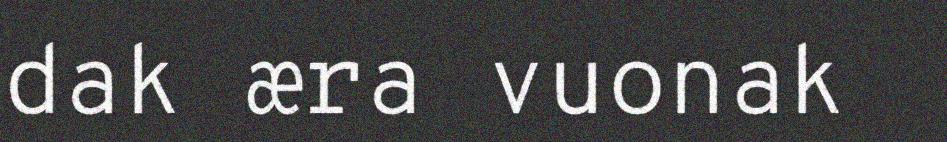
dak æra vuonak